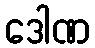
ဒေါဏ